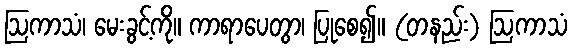
ဩကာသံ၊ မေးခွင့်ကို။ ကာရာပေတွာ၊ ပြုစေ၍။ (တနည်း) ဩကာသံ